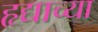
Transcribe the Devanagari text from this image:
हृद्याच्या